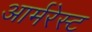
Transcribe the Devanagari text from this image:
आर्मरेस्ट